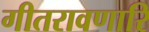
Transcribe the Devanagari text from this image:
गीतरावणारि